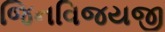
જિનવિજયજી